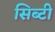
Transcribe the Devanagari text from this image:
सिब्‍टी